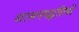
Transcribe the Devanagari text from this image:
शासनपद्धतियों